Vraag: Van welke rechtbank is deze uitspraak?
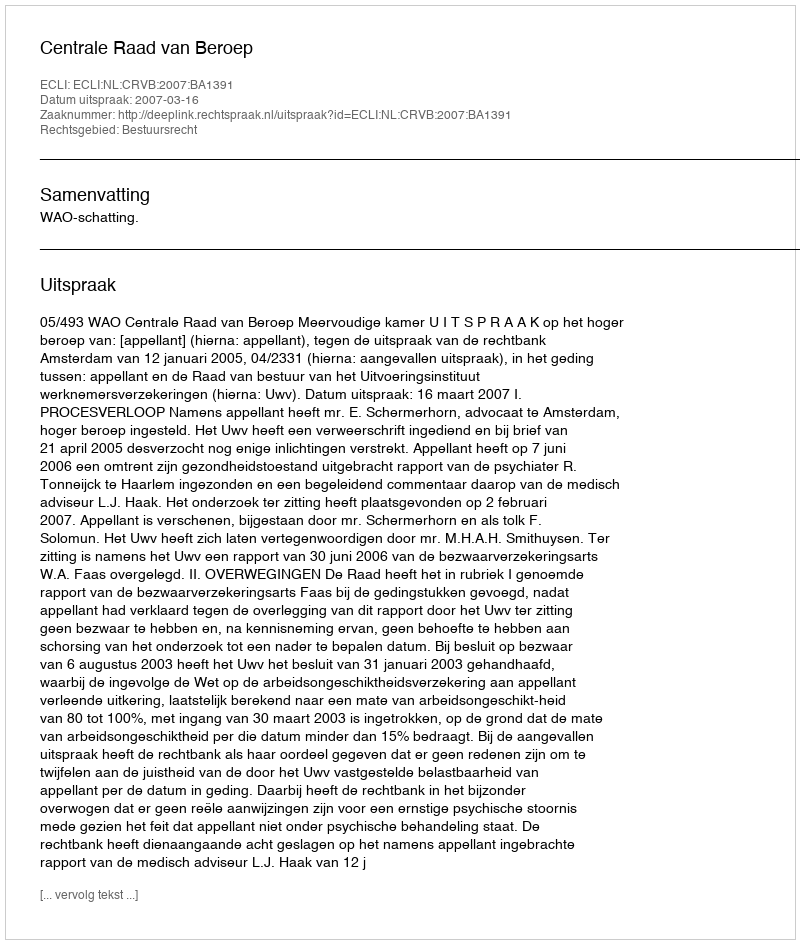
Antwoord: Centrale Raad van Beroep